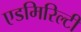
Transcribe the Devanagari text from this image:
एडमिरिल्टी